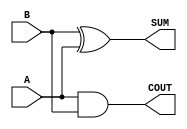
module sky130_fd_sc_hd__ha (
    COUT,
    SUM ,
    A   ,
    B
);

    // Module ports
    output COUT;
    output SUM ;
    input  A   ;
    input  B   ;

    // Module supplies
    supply1 VPWR;
    supply0 VGND;
    supply1 VPB ;
    supply0 VNB ;

    // Local signals
    wire and0_out_COUT;
    wire xor0_out_SUM ;

    //  Name  Output         Other arguments
    and and0 (and0_out_COUT, A, B           );
    buf buf0 (COUT         , and0_out_COUT  );
    xor xor0 (xor0_out_SUM , B, A           );
    buf buf1 (SUM          , xor0_out_SUM   );

endmodule